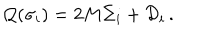
LaTeX: { \cal Q } ( \sigma _ { i } ) = 2 M \Sigma _ { i } + { \cal D } _ { i } \, .